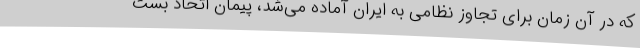
که در آن زمان برای تجاوز نظامی به ایران آماده می‌شد، پیمان اتحاد بست